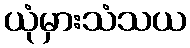
ယုံမှားသံသယ